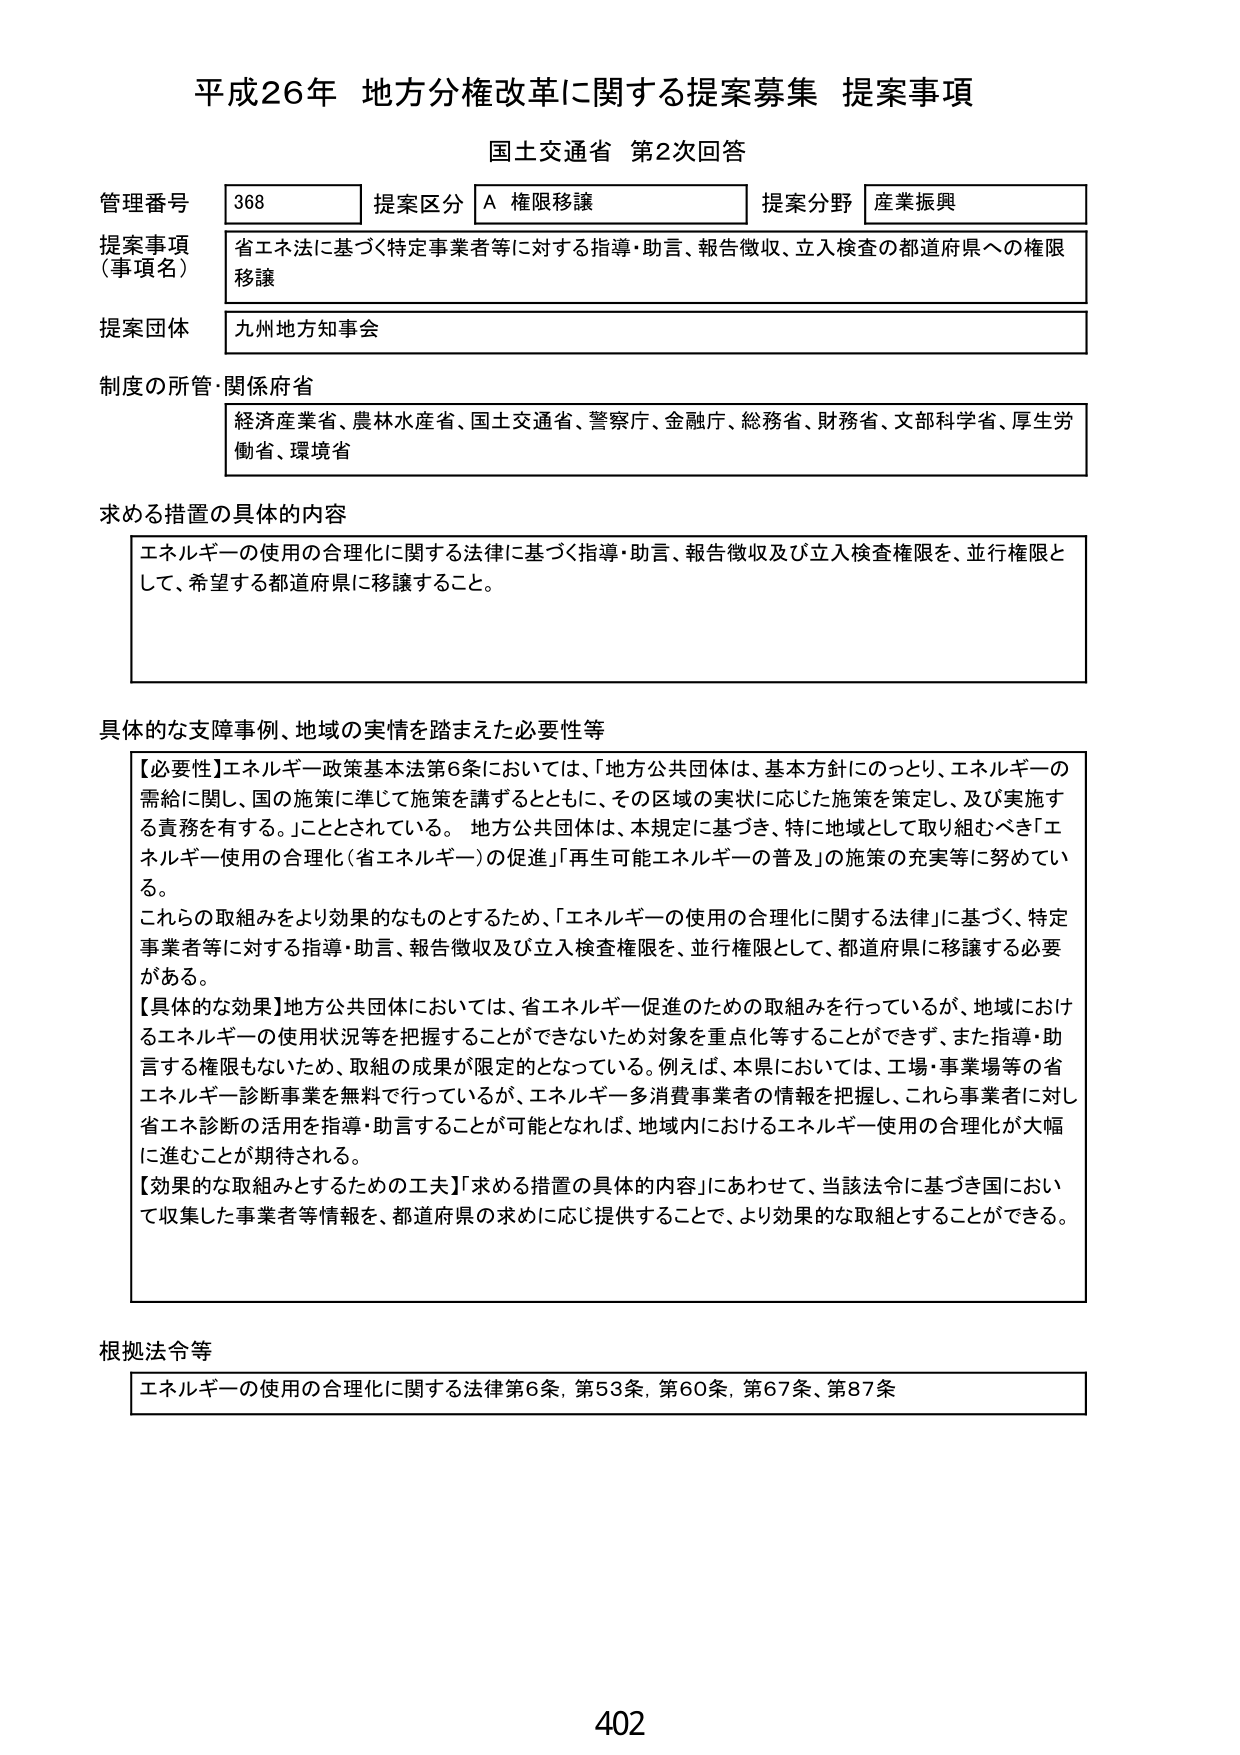
平成26年 地方分権改革に関する提案募集 提案事項
国土交通省 第2次回答

管理番号 368 提案区分 A 権限移譲 提案分野 産業振興
提案事項（事項名） 省エネ法に基づく特定事業者等に対する指導・助言、報告徴収、立入検査の都道府県への権限移譲
提案団体 九州地方知事会
制度の所管・関係府省 経済産業省、農林水産省、国土交通省、警察庁、金融庁、総務省、財務省、文部科学省、厚生労働省、環境省

求める措置の具体的内容
エネルギーの使用の合理化に関する法律に基づく指導・助言、報告徴収及び立入検査権限を、並行権限として、希望する都道府県に移譲すること。

具体的な支障事例、地域の実情を踏まえた必要性等
【必要性】エネルギー政策基本法第6条においては、「地方公共団体は、基本方針にのっとり、エネルギーの需給に関し、国の施策に準じて施策を講ずるとともに、その区域の実状に応じた施策を策定し、及び実施する責務を有する。」こととされている。地方公共団体は、本規定に基づき、特に地域として取り組むべき「エネルギー使用の合理化（省エネルギー）の促進」「再生可能エネルギーの普及」の施策の充実等に努めている。
これらの取組みをより効果的なものとするため、「エネルギーの使用の合理化に関する法律」に基づく、特定事業者等に対する指導・助言、報告徴収及び立入検査権限を、並行権限として、都道府県に移譲する必要がある。
【具体的な効果】地方公共団体においては、省エネルギー促進のための取組みを行っているが、地域におけるエネルギーの使用状況等を把握することができないため対象を重点化等することができず、また指導・助言する権限もないため、取組の成果が限定的となっている。例えば、本県においては、工場・事業場等の省エネルギー診断事業を無料で行っているが、エネルギー多消費事業者の情報を把握し、これら事業者に対し省エネ診断の活用を指導・助言することが可能となれば、地域内におけるエネルギー使用の合理化が大幅に進むことが期待される。
【効果的な取組みとするための工夫】「求める措置の具体的内容」にあわせて、当該法令に基づき国において収集した事業者等情報を、都道府県の求めに応じ提供することで、より効果的な取組とすることができる。

根拠法令等
エネルギーの使用の合理化に関する法律第6条、第53条、第60条、第67条、第87条

402